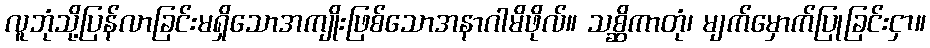
လူဘုံသို့ပြန်လာခြင်းမရှိသောအကျိုးဖြစ်သောအနာဂါမိဖိုလ်။ သစ္ဆိကာတုံ၊ မျက်မှောက်ပြုခြင်းငှာ။